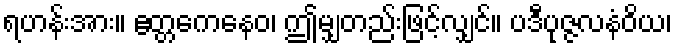
ရဟန်းအား။ ဧတ္တကေနေဝ၊ ဤမျှတည်းဖြင့်လျှင်။ ပဒီပုဇ္ဇလနံဝိယ၊